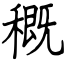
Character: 穊